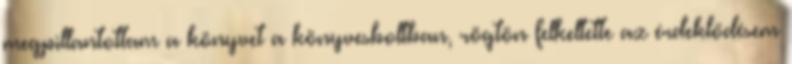
megpillantottam a könyvet a könyvesboltban, rögtön felkeltette az érdeklődésem